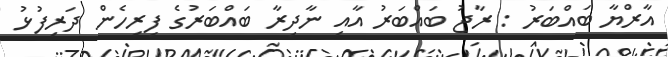
އާރްޔާ ބައްބަރު : ރާޖު ބައްބަރު އާއި ނާދިރާ ބައްބަރުގެ ފިރިހެން ދަރިފުޅު